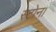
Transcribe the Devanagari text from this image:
स्टोन।